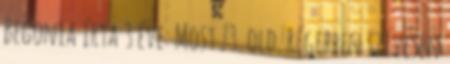
Begonia írta 3 éve: Most 73. old. Régebben szívesen